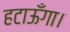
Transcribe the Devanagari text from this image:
हटाऊँगा।